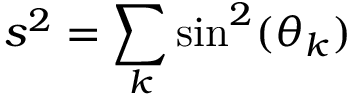
s ^ { 2 } = \sum _ { k } \sin ^ { 2 } ( \theta _ { k } )